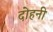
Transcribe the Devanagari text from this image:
दोहनी